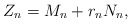
\begin{align*} Z_n=M_n+r_nN_n,\end{align*}